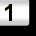
Digit: 1